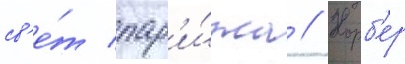
св'е́т пар'и́жа // Норб'ер